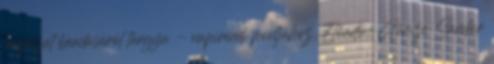
pályázat beadásáról tárgyú - napirendi pontjához. Előadó: Gömze Sándor